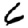
Digit: 6